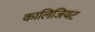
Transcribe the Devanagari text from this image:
कालिजियट